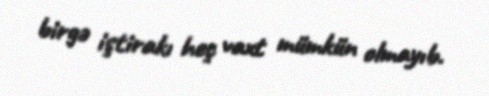
birgə iştirakı heç vaxt mümkün olmayıb.